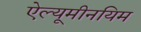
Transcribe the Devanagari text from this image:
ऐल्यूमीनयिम